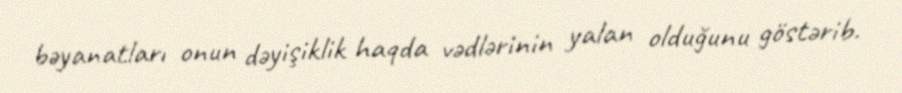
bəyanatları onun dəyişiklik haqda vədlərinin yalan olduğunu göstərib.